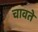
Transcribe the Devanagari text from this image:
चावते